Indian journal of veterinary science and animal husbandry - Volumes 15-17, 1948-1951
Year: 1948
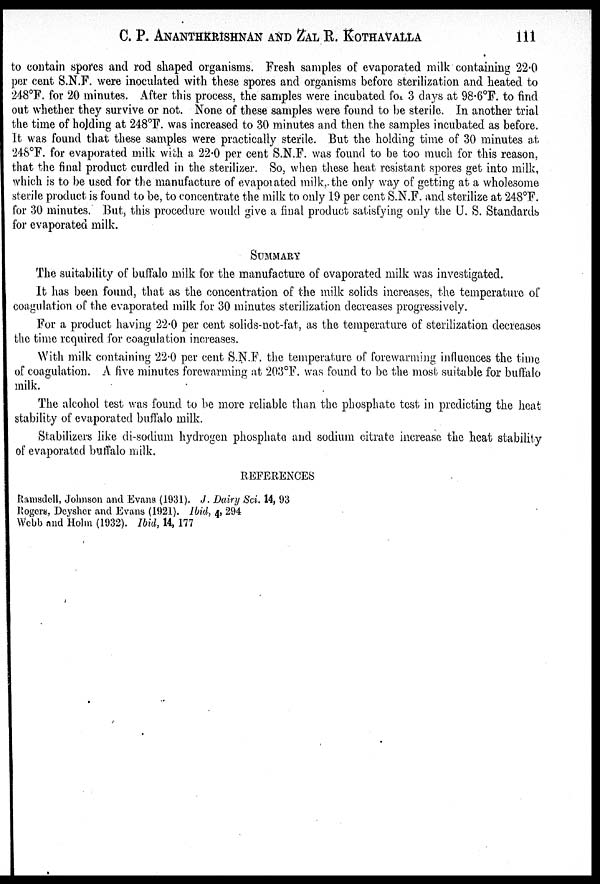
C. P. ANANTHKRISHNAN AND ZAL R. KOTHAVALLA 111
to contain spores and rod shaped organisms. Fresh samples of evaporated milk containing 22.0
per cent S.N.F. were inoculated with these spores and organisms before sterilization and heated to
248°F. for 20 minutes. After this process, the samples were incubated for 3 days at 98.6°F. to find
out whether they survive or not. None of these samples were found to be sterile. In another trial
the time of holding at 248°F. was increased to 30 minutes and then the samples incubated as before.
It was found that these samples were practically sterile. But the holding time of 30 minutes at
248°F. for evaporated milk with a 22.0 per cent S.N.F. was found to be too much for this reason,
that the final product curdled in the sterilizer. So, when these heat resistant spores get into milk,
which is to be used for the manufacture of evaporated milk, the only way of getting at a wholesome
sterile product is found to be, to concentrate the milk to only 19 per cent S.N.F. and sterilize at 248°F.
for 30 minutes. But, this procedure would give a final product satisfying only the U. S. Standards
for evaporated milk.
SUMMARY
The suitability of buffalo milk for the manufacture of evaporated milk was investigated.
It has been found, that as the concentration of the milk solids increases, the temperature of
coagulation of the evaporated milk for 30 minutes sterilization decreases progressively.
For a product having 22.0 per cent solids-not-fat, as the temperature of sterilization decreases
the time required for coagulation increases.
With milk containing 22.0 per cent S.N.F. the temperature of forewarming influences the time
of coagulation. A five minutes forewarming at 203°F. was found to be the most suitable for buffalo
milk.
The alcohol test was found to be more reliable than the phosphate test in predicting the heat
stability of evaporated buffalo milk.
Stabilizers like di-sodium hydrogen phosphate and sodium citrate increase the heat stability
of evaporated buffalo milk.
REFERENCES
Ramsdell, Johnson and Evans (1931). J. Dairy Sci. 14, 93
Rogers, Deysher and Evans (1921). Ibid, 4, 294
Webb and Holm (1932). Ibid, 14, 177